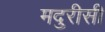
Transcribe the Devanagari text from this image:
मदुरीसी